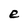
Character: e